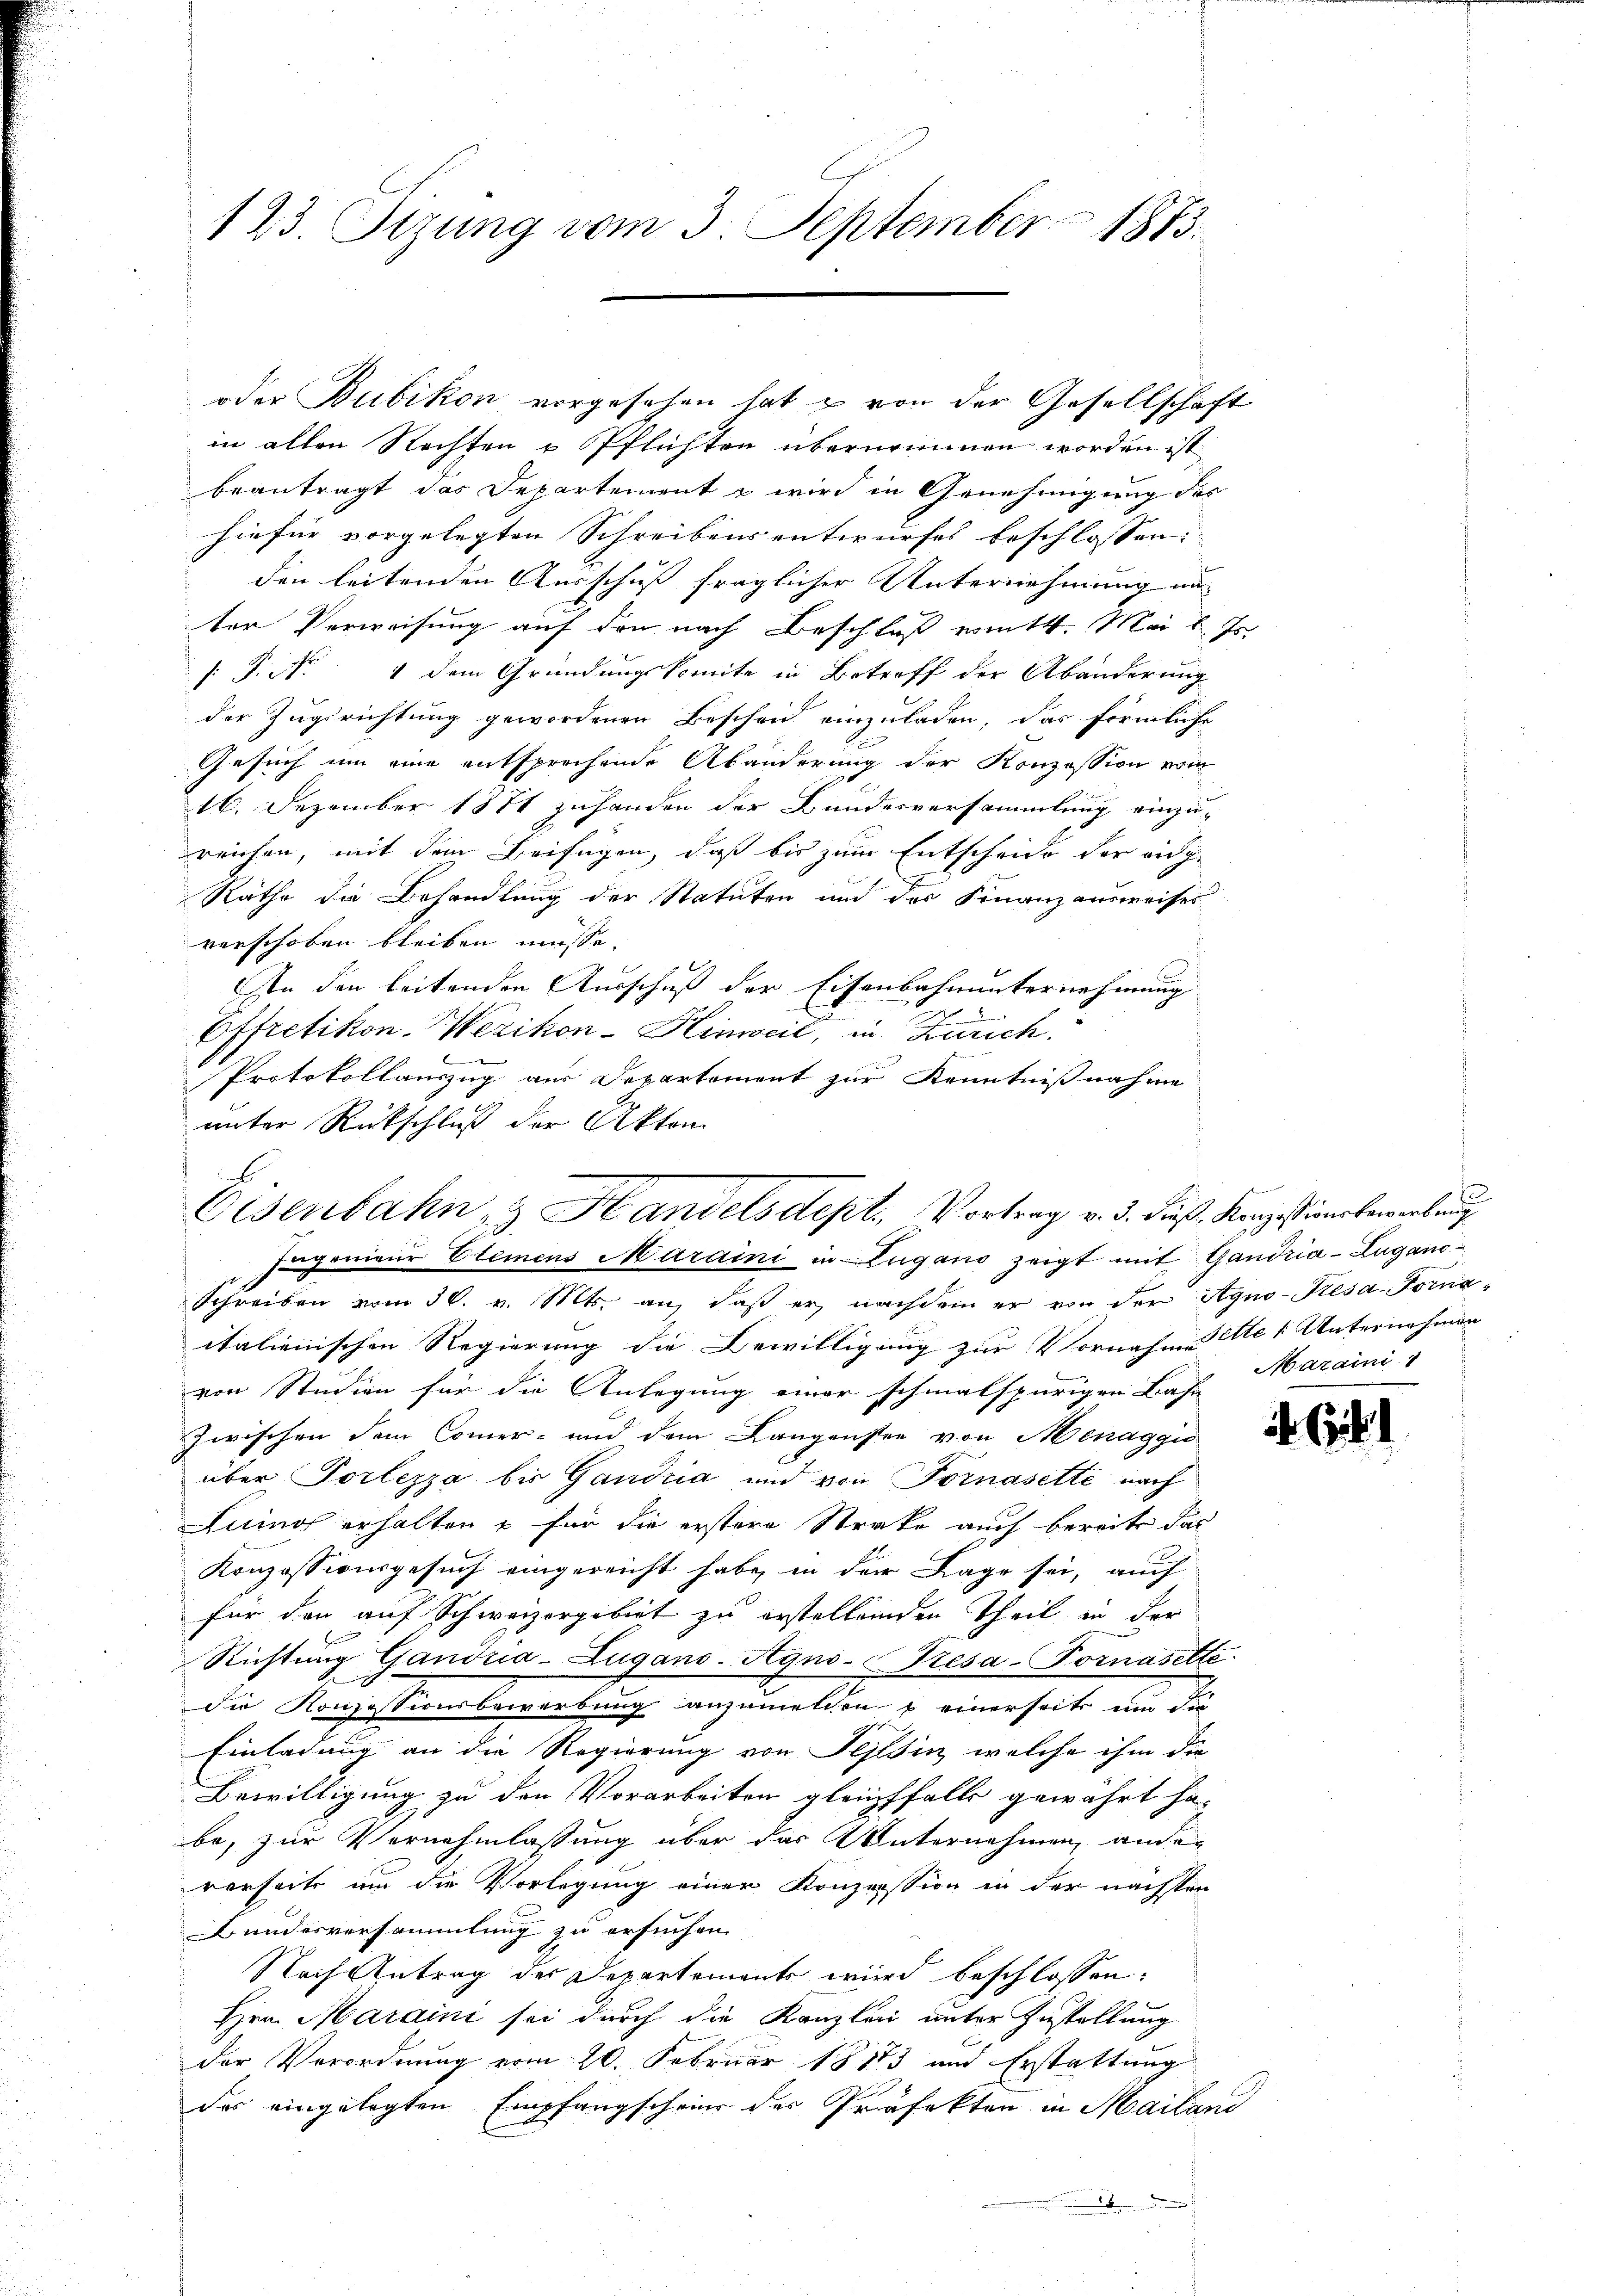
123. Sizung vom 3. September 1883.

oder Bubikon vorgesehen hat & von der Gesellschaft
in alten Rechten & Pflichten übernommen worden ist
beantragt das Departement u wird in Genehmigung der
hiefür vorgelegten Schreibensentwurfes beschlossen:
den leitenden Ausschuß fraglicher Unternehmung un
ter Verweisung auf den nach Beschluß wirkt. Mai l. Js.
s P. Nr. 4 dem Gründungskomite in Betreff der Abänderung
der Zugerichtung gewordenen Bescheid einzuladen, das förmliche
Gesuch um eine entsprechende Abänderung der Konzession vom
16. Dezember 1871 zuhanden der Bundesversammlung einzureichen, mit dem Beifügen, daß bis zum Entscheide der eidge
Räthe die Behandlung der Statuten und der Finanzausweises
verschoben bleiben müsse.
An den leitenden Ausschuß der Eisenbahnunternehmung
Effretikon-Wezikon-Hinweil, in Zürich.
Protokollauszug aus Departement zur Kenntnißnahme
unter Rückschluß der Akten
Schreiben vom 30. v. Mts. an, daß er nachdem er von der Agno-Kesa-Forna-
italienischen Regierung die Bewilligung zur Vornahmes Ate Unternehmen
von Studien für die Anlegung einer schmalspurigen Bahn
zwischen dem Commer- und dem Langenstee von Menaggio
über Porlezza bis Gandria und von Fornasette nach
Luinos erhalten u für die erstere Streke auch bereite das
Konzessionsgesuch eingereicht habe, in der Lage sei, auch
für den auf Schweizergebiet zu erstellenden Theil in der
Richtung Gandria-Zugano-Agni-Resa-Fornasette
die Konzessionsbewerbung anzumelden & einerseits und die
Einladung an die Regierung von Tessin, welche ihm die
Bewilligung zu den Vorarbeiten gleichfalls gewährt ha-
be, zur Vernehmlassung über das Unternehmen, ande
verseits um die Vorlegung einer Konzession in der nächsten
Bundesversammlung zu ersuchen.
Nach Antrag der Departements wird beschlossen:
Hrn. Maraini sei durch die Kanzlei unter Zustellung
der Verordnung vom 20. Februar 18183 und Erstattung
des eingelegten Empfangscheine der Präfekten in Mailand
.

Eisenbahn & Handelsdept, Vortrag v. 3. dieß. Konzessionsbewerbung
Ingenieur Elemens Maraini in Zugano zeigt mit Gandria- Lugano¬

e
Maraini 1

Gib